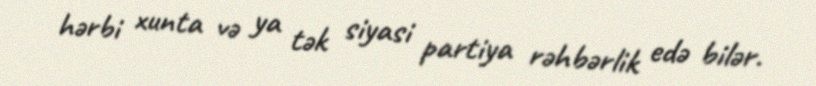
hərbi xunta və ya tək siyasi partiya rəhbərlik edə bilər.